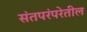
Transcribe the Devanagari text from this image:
संतपरंपरेतील